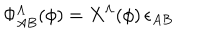
LaTeX: \Phi _ { A B } ^ { \Lambda } ( \phi ) = X ^ { \Lambda } ( \phi ) \, \epsilon _ { A B }